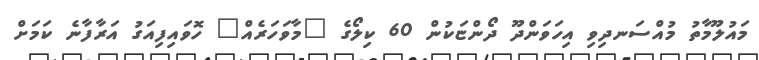
މައުލޫމާތު މުއްސަނދިވި އިހަވަންދޫ ދޯންޏަކުން 60 ކިލޯގެ "މާވަހަރެއް" ހޮވައިފިއަގު އަރާފާނެ ކަމަށް